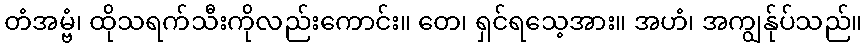
တံအမ္ဗံ၊ ထိုသရက်သီးကိုလည်းကောင်း။ တေ၊ ရှင်ရသေ့အား။ အဟံ၊ အကျွန်ုပ်သည်။